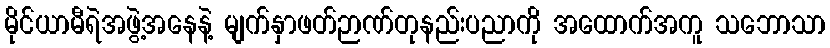
မိုင်ယာမီရဲအဖွဲ့အနေနဲ့ မျက်နှာဖတ်ဉာဏ်တုနည်းပညာကို အထောက်အကူ သဘောသာ